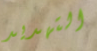
التهديد